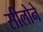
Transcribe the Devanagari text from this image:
सीलोने